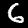
Label: 6